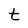
Character: t